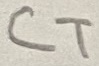
Text: CT